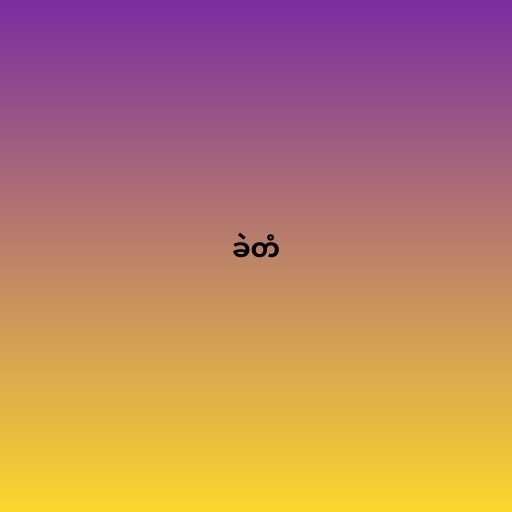
ခဲတံ